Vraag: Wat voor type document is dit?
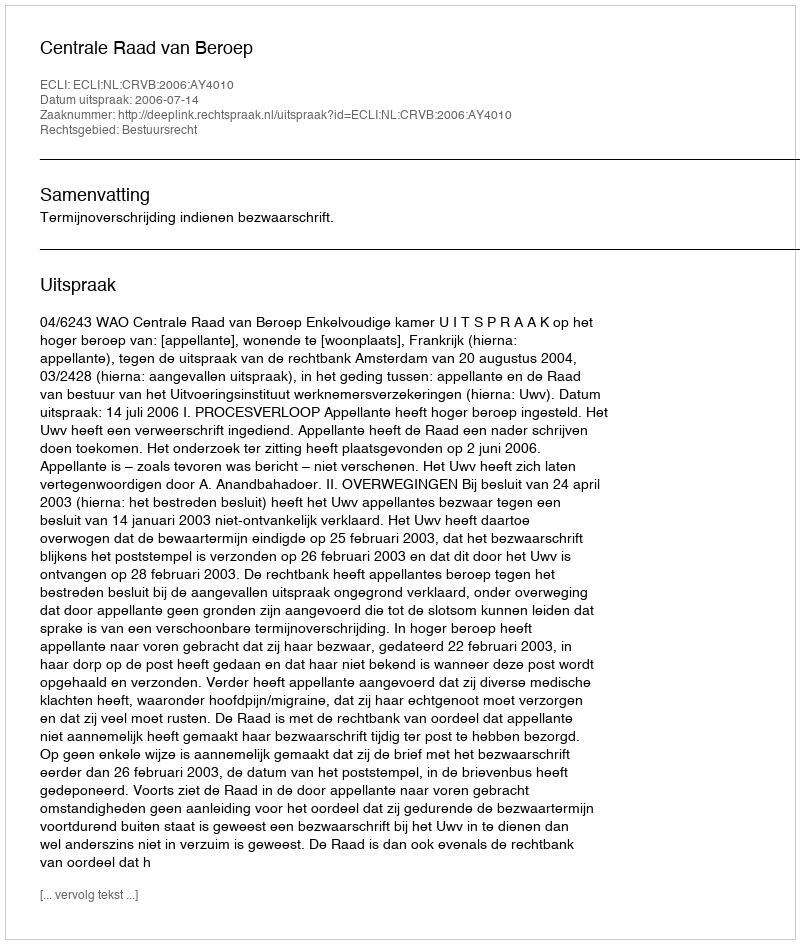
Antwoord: Uitspraak